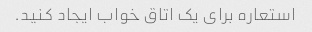
استعاره برای یک اتاق خواب ایجاد کنید.